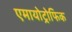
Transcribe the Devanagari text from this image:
एमायोट्रोफिक